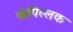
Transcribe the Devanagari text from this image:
कंपिल्लक